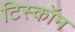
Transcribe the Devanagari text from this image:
टिस्कॉन